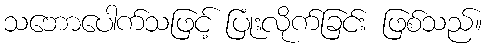
သဘောပေါက်သဖြင့် ပြုံးလိုက်ခြင်း ဖြစ်သည်။